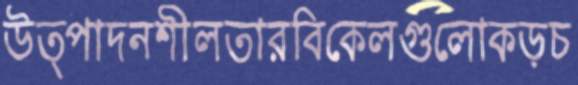
উত্পাদনশীলতারবিকেলগুলোকড়চ